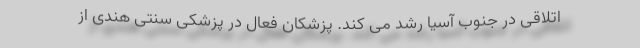
اتلاقی در جنوب آسیا رشد می کند. پزشکان فعال در پزشکی سنتی هندی از